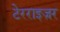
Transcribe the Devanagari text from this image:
टेरराइज़र